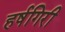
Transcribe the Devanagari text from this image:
हर्षगिरी